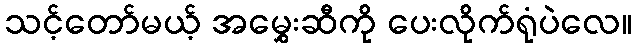
သင့်တော်မယ့် အမွှေးဆီကို ပေးလိုက်ရုံပဲလေ။